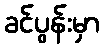
ခင်ပွန်းမှာ